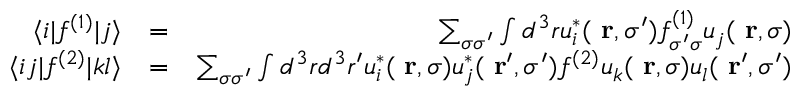
\begin{array} { r l r } { \langle i | f ^ { ( 1 ) } | j \rangle } & { = } & { \sum _ { \sigma \sigma ^ { \prime } } \int d ^ { 3 } r u _ { i } ^ { * } ( \mathrm { \bf ~ r } , \sigma ^ { \prime } ) f _ { \sigma ^ { \prime } \sigma } ^ { ( 1 ) } u _ { j } ( \mathrm { \bf ~ r } , \sigma ) } \\ { \langle i j | f ^ { ( 2 ) } | k l \rangle } & { = } & { \sum _ { \sigma \sigma ^ { \prime } } \int d ^ { 3 } r d ^ { 3 } r ^ { \prime } u _ { i } ^ { * } ( \mathrm { \bf ~ r } , \sigma ) u _ { j } ^ { * } ( \mathrm { \bf ~ r } ^ { \prime } , \sigma ^ { \prime } ) f ^ { ( 2 ) } u _ { k } ( \mathrm { \bf ~ r } , \sigma ) u _ { l } ( \mathrm { \bf ~ r } ^ { \prime } , \sigma ^ { \prime } ) } \end{array}